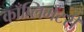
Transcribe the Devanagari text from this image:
काँप्लिमेंटरी